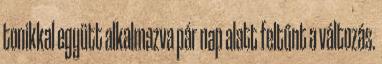
tonikkal együtt alkalmazva pár nap alatt feltűnt a változás.